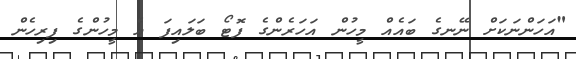
"އަހަންނަކަށް ނޭނގެ ބައެއް މީހުން އަހަރެންގެ ފޮޓޯ ބަލައިފަ އެ މީހުންގެ ފިރިހެން